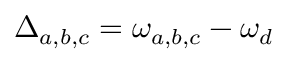
\Delta _ { a , b , c } = \omega _ { a , b , c } - \omega _ { d }